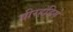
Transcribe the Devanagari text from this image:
वीरहंडिगे